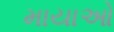
માયાઓ